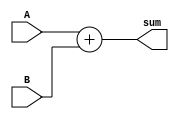
module Adder_32bit (A, B, sum);
input signed [31:0] A;
input signed [31:0] B;
output signed [31:0] sum;

	assign sum = A + B;
	
endmodule